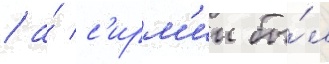
/ а́ с'ирм'ии бы́л